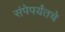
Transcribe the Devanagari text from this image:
संपेपर्यंतचे